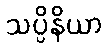
သပ္ပိနိယာ